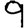
Digit: 9